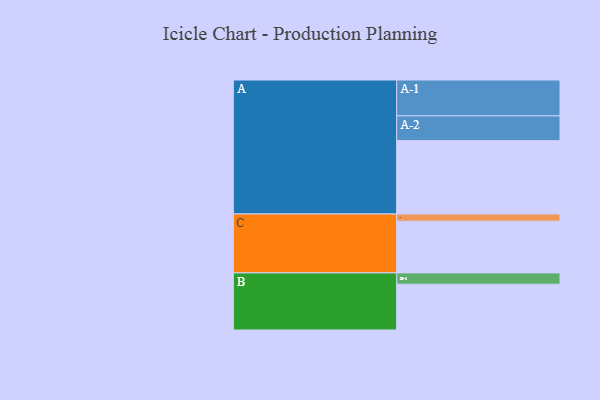
{"axis": {"x": "Segment", "y": "Value"}, "legend": ["", "A", "B", "C"], "data": [{"x": "A", "y": 519, "type": ""}, {"x": "B", "y": 324, "type": ""}, {"x": "C", "y": 366, "type": ""}, {"x": "A-1", "y": 254, "type": "A"}, {"x": "A-2", "y": 175, "type": "A"}, {"x": "B-1", "y": 80, "type": "B"}, {"x": "C-1", "y": 51, "type": "C"}]}